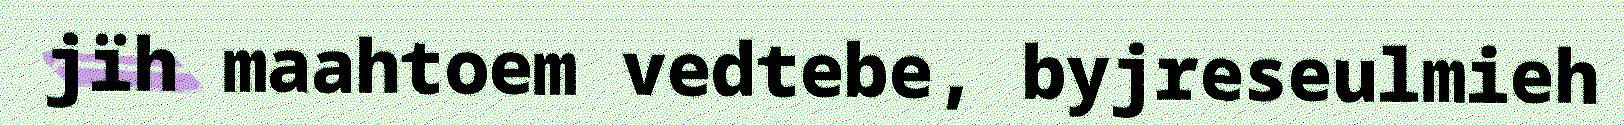
jïh maahtoem vedtebe, byjreseulmieh